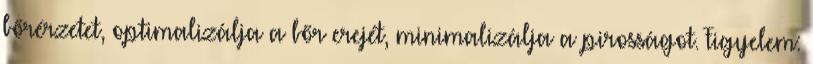
bőrérzetet, optimalizálja a bőr erejét, minimalizálja a pirosságot. Figyelem: